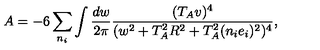
A = - 6 \sum _ { n _ { i } } \int \frac { d w } { 2 \pi } \frac { ( T _ { A } v ) ^ { 4 } } { ( w ^ { 2 } + T _ { A } ^ { 2 } R ^ { 2 } + T _ { A } ^ { 2 } ( n _ { i } e _ { i } ) ^ { 2 } ) ^ { 4 } } ,